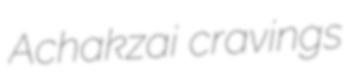
Achakzai cravings